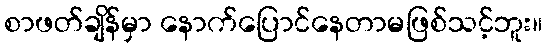
စာဖတ်ချိန်မှာ နောက်ပြောင်နေတာမဖြစ်သင့်ဘူး။